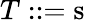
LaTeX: T::={\mathrm{s}}\,